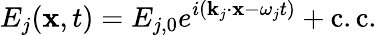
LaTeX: E_{j}(\mathbf{x},t)=E_{j,0}e^{i(\mathbf{k}_{j}\cdot\mathbf{x}-\omega_{j}t)}+{\mathrm{c.c.}}